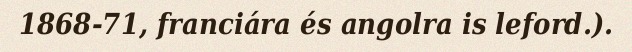
1868-71, franciára és angolra is leford.).